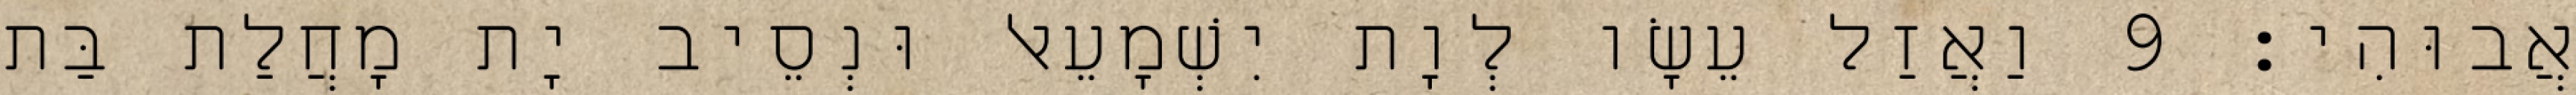
אֲבוּהִי׃ 9 וַאֲזַל עֵשָׂו לְוָת יִשְׁמָעֵאל וּנְסֵיב יָת מָחֲלַת בַּת